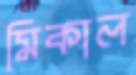
মিকাল